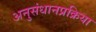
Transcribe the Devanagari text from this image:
अनुसंधानप्रक्रिया